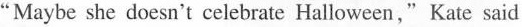
"Maybe she doesn't celebrate Halloween,"Kate said